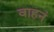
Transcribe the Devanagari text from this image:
वाहनं